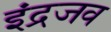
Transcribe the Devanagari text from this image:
इंद्रजव